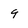
Character: 9